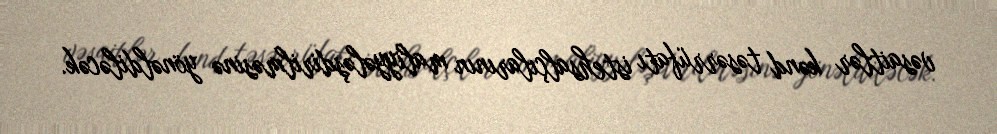
vəsaitlər kənd təsərrüfatı istehsalçılarının maliyyələşdirilməsinə yönəldiləcək.